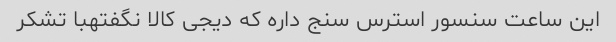
این ساعت سنسور استرس سنج داره که دیجی کالا نگفتهبا تشکر